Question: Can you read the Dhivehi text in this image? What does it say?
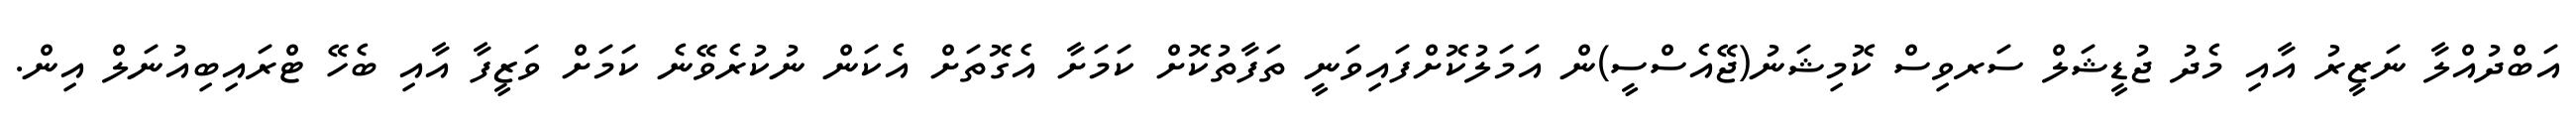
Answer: އަބްދުއްލާ ނަޒީރު އާއި މެދު ޖުޑީޝަލް ސަރވިސް ކޮމިޝަނު(ޖޭއެސްސީ)ން އަމަލުކޮށްފައިވަނީ ތަފާތުކޮށް ކަމަށާ އެގޮތަށް އެކަން ނުކުރެވޭނެ ކަމަށް ވަޒީފާ އާއި ބެހޭ ޓްރައިބިއުނަލް އިން.